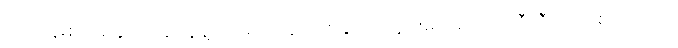
လုပ်ငန်းစုတစ်ခုလုံးအနေနဲ့ လာမယ့် ဆယ်စုနှစ်အတွင်းမှာ ဒေါ်လာဘီလီယံ တစ်ရာကျော်